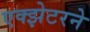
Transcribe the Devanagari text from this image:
एक्झेटरने